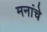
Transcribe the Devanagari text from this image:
मनांचे